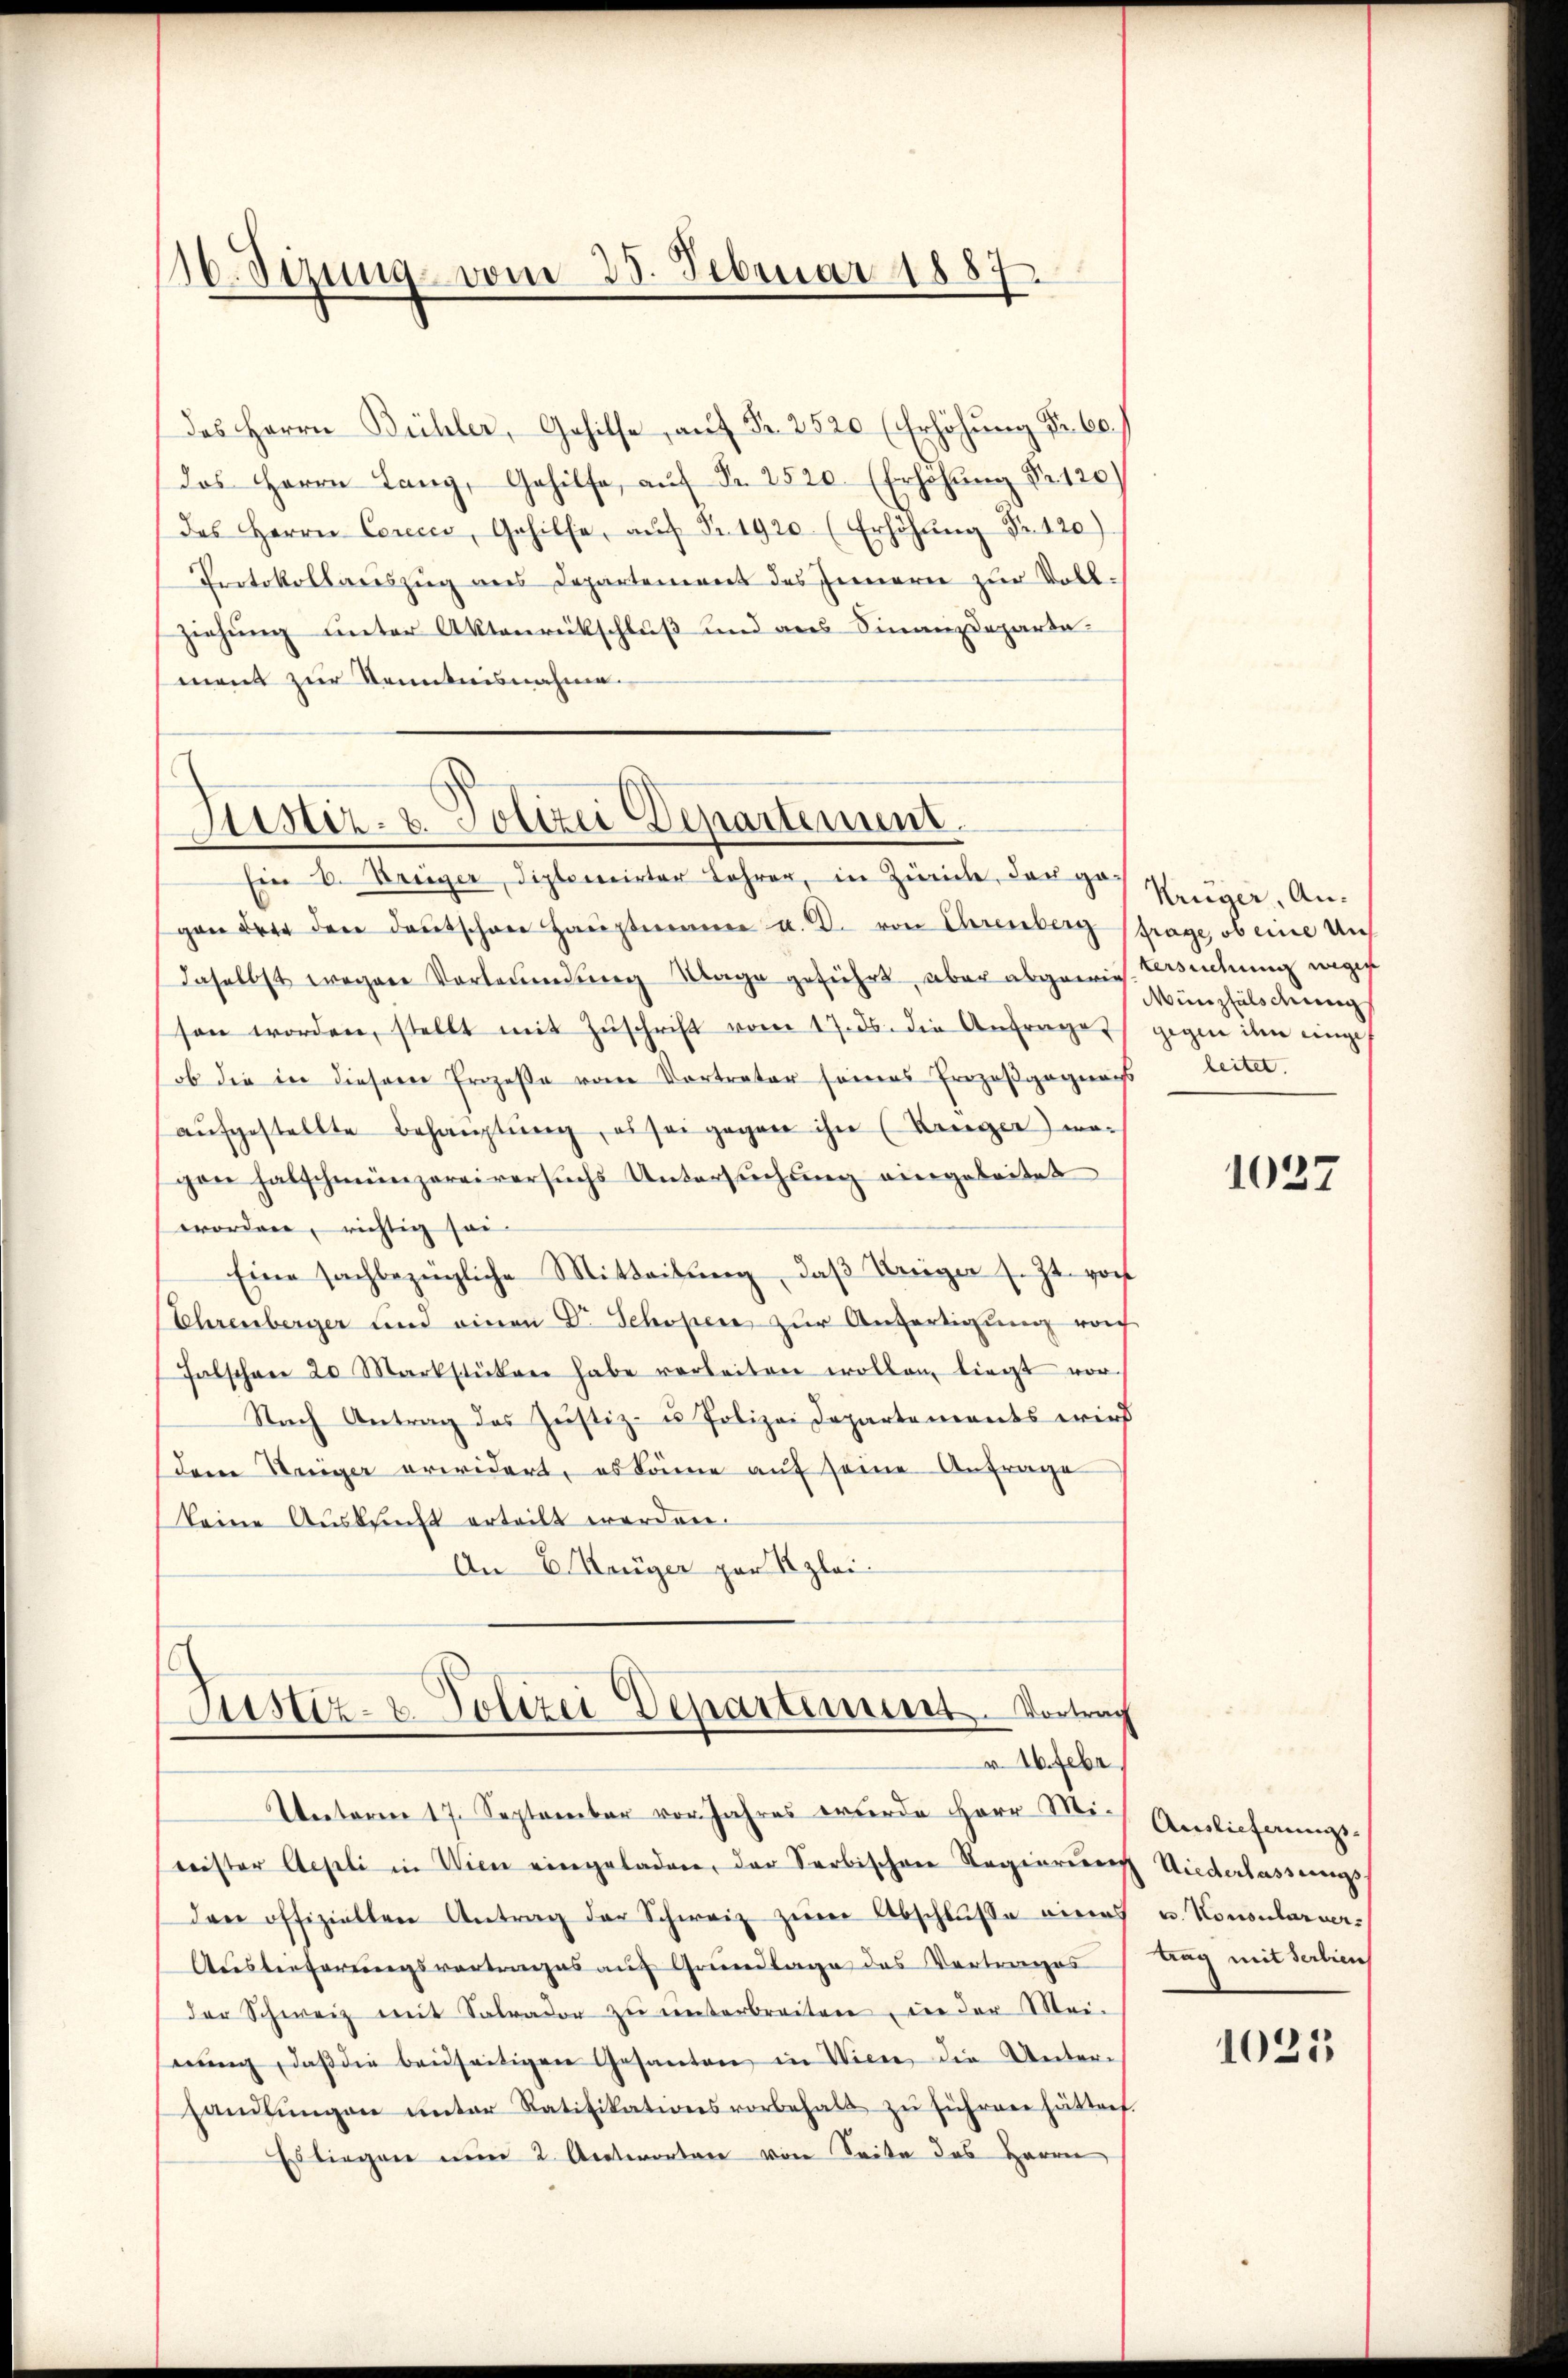
30. Sizung vom 25. Februar 1887

das Herrn Bühler, Gehilfe, auf Fr. 2520 (Erhöhung Fr. 60.
das Herrn Lang, Gehilfe, aŭf Fr. 2520. (Erhöhŭng Nr. 120)
das Herrn Cerecco, Gehilfe, aŭf Nr. 1920 (Erhöhŭng Fr. 120)
Protokollauszug aus Departement des Inneren zur Voll¬
Ziehung unter Aktenrückschluß und aus Finanzdeparta
ment zur Kenntnisnahme.

Astiz- u. Polizei Departement.
Ein 6. Brüger, Diplomirter Lehre, in Zürich, das das Krüger, An¬

gan der den deutschen Haŭptmann u. K. von Ehrenberg (frage, ob eine Uns
daselbst wegene Vorleumdung Klage geführt, aber abgewies Versuchung wegen
sen worden, stellt mit Zŭschrift vom 17. ds. die Anfrage
ob die in dieser Prozeße von Vortrater seines Prozeßgagners leitet.
aŭfgestellte Behauptung, es sei gegen ihn (Ranger) wogen falschmünzereiversuchs Untersuchung eingeleitet
worden, richtig sei
Eine sachbezügliche Mitteilung, daß Krieger s. Zt. von
Ehrenberger und einen Dr. Schopen zur Anfertigung noch
Falschen 20 Markstücken habe verleiten wollen liegt vor¬
Nach Antrag des Justiz- u Polizei Departements wird
dere Weiger erwidert, es könne auf seine Anfrage
keine Auskunft erteilt werden.
An E Krüger par Klei¬

Justiz- u. Polizei Departement. Vortrag
v. 16. Febr.

Veetoren 17. September vor. Jahres wurde Herr Minister Aepli in Wien eingeladen, der Serbischen Regierŭng Niederlassungsden offiziellen Antrag der Schweiz zŭm Abschlŭsse eines
Auslieferungsvortrages auf Grundlage des Vertrages
der Schweiz mit Salrador zŭ ŭnterbreiten in der Mei-
nŭng, daβ die beseitigen Gesanten in Wien, die Unter-
handlŭngen unter Ratifikationsvorbehalt zŭ führen hättet.
Estiegen nun 2. Antworten von Seite des Herrn

Münzfälschung
gegen ihn eingef

1027

Auslieferungs-
u. Konsularvertrag mit Serbien

1025